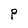
Character: P